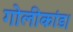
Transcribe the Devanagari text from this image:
गोलीकांड।